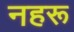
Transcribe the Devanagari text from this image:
नहरू